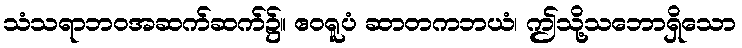
သံသရာဘဝအဆက်ဆက်၌။ ဧဝရူပံ ဆာတကဘယံ၊ ဤသို့သဘောရှိသော